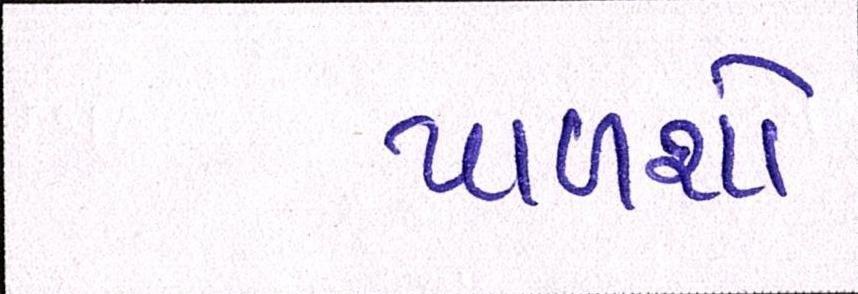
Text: પાળશો